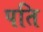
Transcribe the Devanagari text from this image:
पति